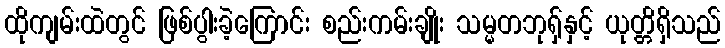
ထိုကျမ်းထဲတွင် ဖြစ်ပွါးခဲ့ကြောင်း စည်းကမ်းချိုး သမ္မတဘုရှ်နှင့် ယုတ္တိရှိသည်